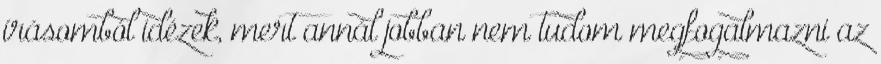
írásomból idézek, mert annál jobban nem tudom megfogalmazni az